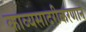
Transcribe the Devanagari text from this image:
काव्यसादरीकरणाने